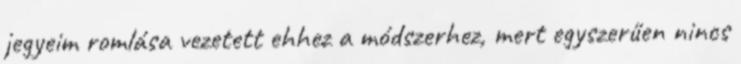
jegyeim romlása vezetett ehhez a módszerhez, mert egyszerűen nincs